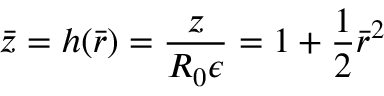
\bar { z } = h ( \bar { r } ) = \frac { z } { R _ { 0 } { \epsilon } } = 1 + \frac { 1 } { 2 } \bar { r } ^ { 2 }